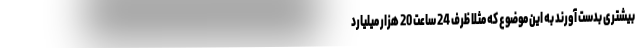
بیشتری بدست آورند به این موضوع که مثلا ظرف 24 ساعت 20 هزار میلیارد